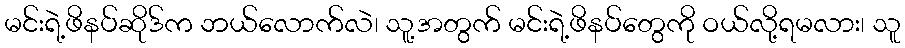
မင်းရဲ့ဖိနပ်ဆိုဒ်က ဘယ်လောက်လဲ၊ သူ့အတွက် မင်းရဲ့ဖိနပ်တွေကို ဝယ်လို့ရမလား၊ သူ